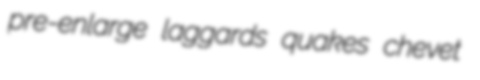
pre-enlarge laggards quakes chevet